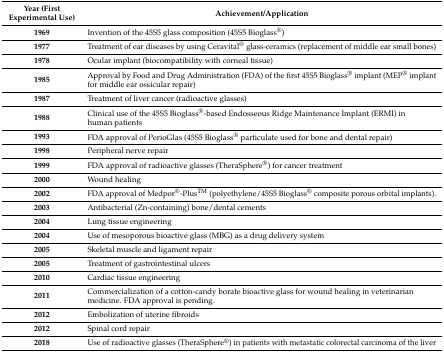
<table><thead><tr><td><b>Year (First Experimental Use)</b></td><td><b>Achievement/Application</b></td></tr></thead><tbody><tr><td><b>1969</b></td><td>Invention of the 45S5 glass composition (45S5 Bioglass<sup>®</sup>)</td></tr><tr><td><b>1977</b></td><td>Treatment of ear diseases by using Ceravital<sup>®</sup> glass-ceramics (replacement of middle ear small bones)</td></tr><tr><td><b>1978</b></td><td>Ocular implant (biocompatibility with corneal tissue)</td></tr><tr><td><b>1985</b></td><td>Approval by Food and Drug Administration (FDA) of the first 45S5 Bioglass<sup>®</sup> implant (MEP<sup>®</sup> implant for middle ear ossicular repair) </td></tr><tr><td><b>1987</b></td><td>Treatment of liver cancer (radioactive glasses)</td></tr><tr><td><b>1988</b></td><td>Clinical use of the 45S5 Bioglass<sup>®</sup>-based Endosseous Ridge Maintenance Implant (ERMI) in human patients</td></tr><tr><td><b>1993</b></td><td>FDA approval of PerioGlas (45S5 Bioglass<sup>®</sup> particulate used for bone and dental repair)</td></tr><tr><td><b>1998</b></td><td>Peripheral nerve repair</td></tr><tr><td><b>1999</b></td><td>FDA approval of radioactive glasses (TheraSphere<sup>®</sup>) for cancer treatment</td></tr><tr><td><b>2000</b></td><td>Wound healing</td></tr><tr><td><b>2002</b></td><td>FDA approval of Medpor<sup>®</sup>-Plus<sup>TM</sup> (polyethylene/45S5 Bioglass<sup>®</sup> composite porous orbital implants).</td></tr><tr><td><b>2003</b></td><td>Antibacterial (Zn-containing) bone/dental cements</td></tr><tr><td><b>2004</b></td><td>Lung tissue engineering</td></tr><tr><td><b>2004</b></td><td>Use of mesoporous bioactive glass (MBG) as a drug delivery system</td></tr><tr><td><b>2005</b></td><td>Skeletal muscle and ligament repair</td></tr><tr><td><b>2005</b></td><td>Treatment of gastrointestinal ulcers</td></tr><tr><td><b>2010</b></td><td>Cardiac tissue engineering</td></tr><tr><td><b>2011</b></td><td>Commercialization of a cotton-candy borate bioactive glass for wound healing in veterinarian medicine. FDA approval is pending.</td></tr><tr><td><b>2012</b></td><td>Embolization of uterine fibroids</td></tr><tr><td><b>2012</b></td><td>Spinal cord repair</td></tr><tr><td><b>2018</b></td><td>Use of radioactive glasses (TheraSphere<sup>®</sup>) in patients with metastatic colorectal carcinoma of the liver</td></tr></tbody></table>